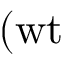
( \mathrm { w t } \